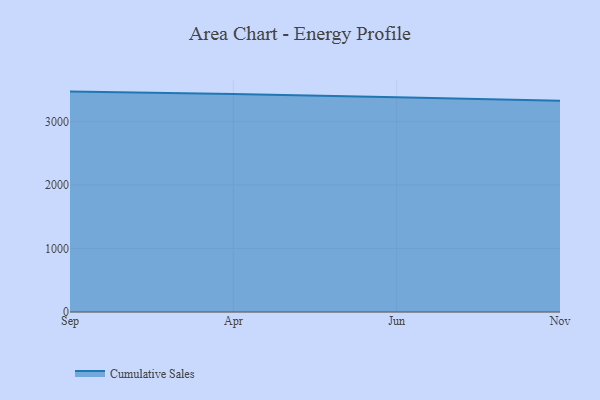
{"axis": {"x": "Month", "y": "Satisfaction Score"}, "legend": ["Cumulative Sales"], "data": [{"x": "Sep", "y": 3472.4, "type": "Cumulative Sales"}, {"x": "Apr", "y": 3436.1, "type": "Cumulative Sales"}, {"x": "Jun", "y": 3382.8, "type": "Cumulative Sales"}, {"x": "Nov", "y": 3326.4, "type": "Cumulative Sales"}]}